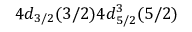
4 d _ { 3 / 2 } ( 3 / 2 ) 4 d _ { 5 / 2 } ^ { 3 } ( 5 / 2 )